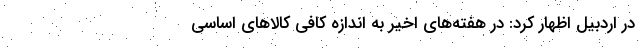
در اردبیل اظهار کرد: در هفته‌های اخیر به اندازه کافی کالاهای اساسی